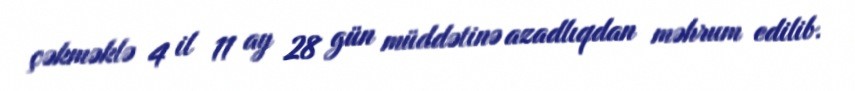
çəkməklə 4 il 11 ay 28 gün müddətinə azadlıqdan məhrum edilib.